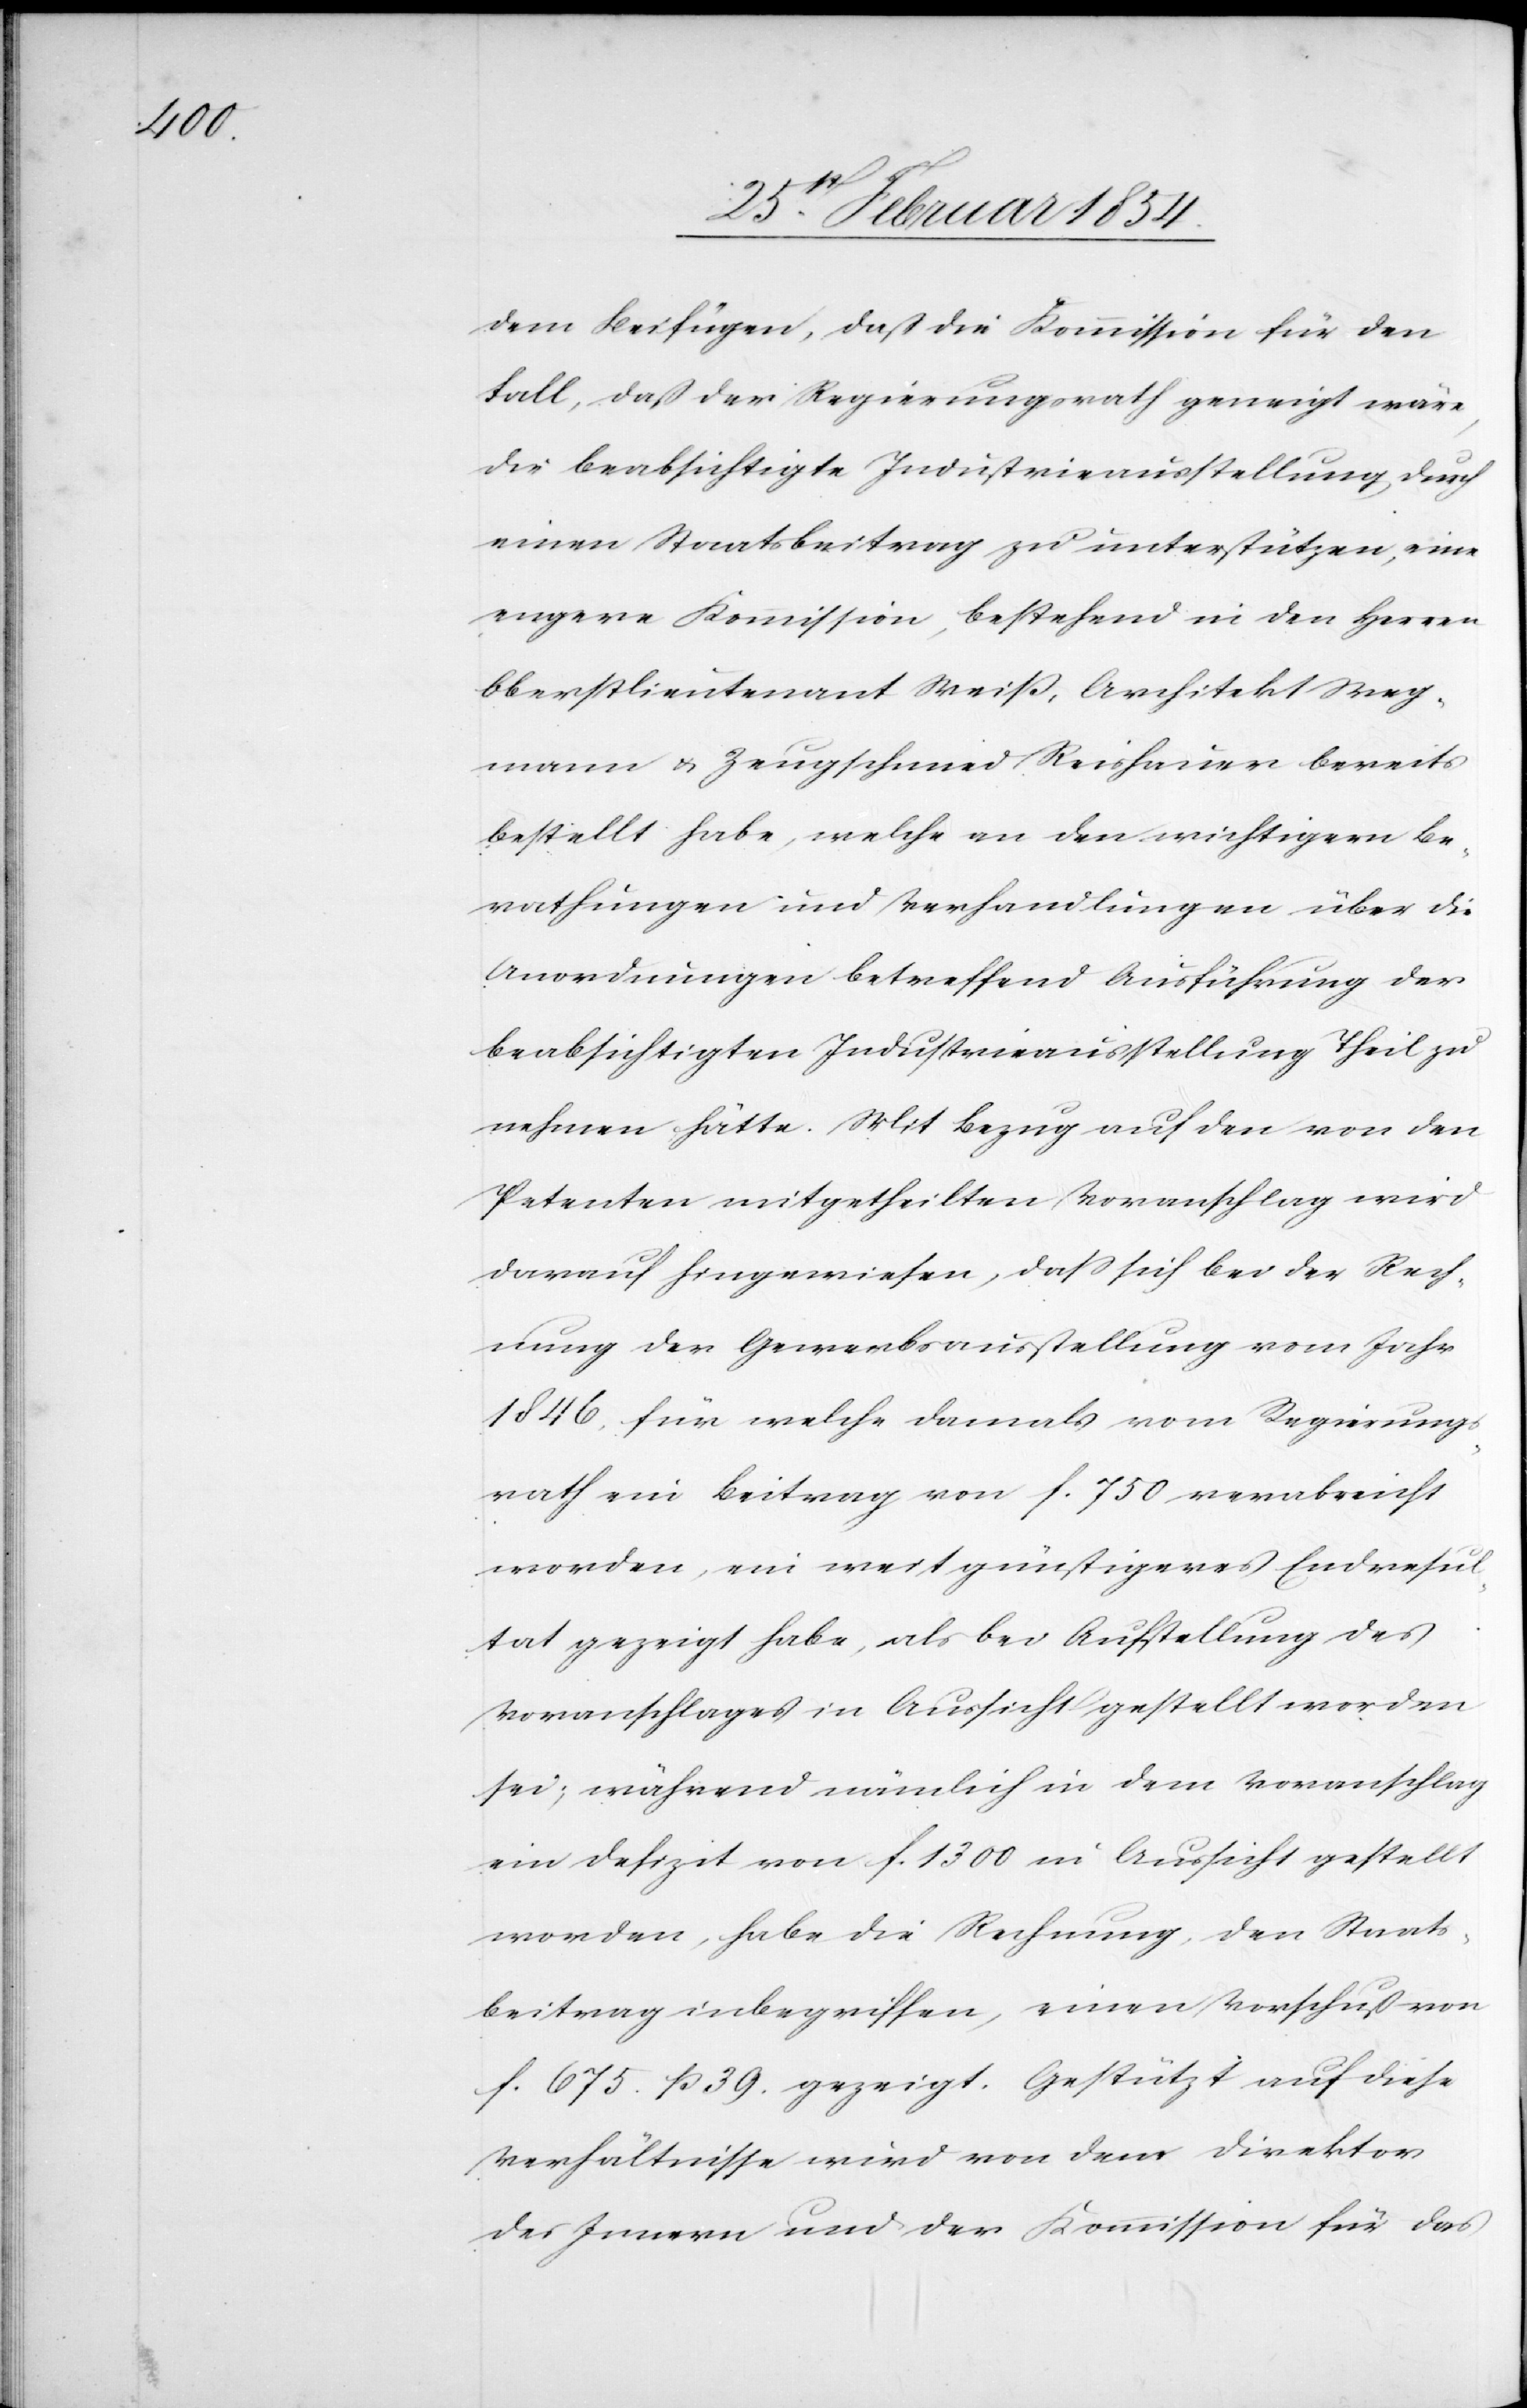
dem Beifügen, daß die Kommission für den
Fall, daß der Regierungsrath geneigt wäre,
die beabsichtigte Industrieausstellung durch
einen Staatsbeitrag zu unterstützen, eine
enger Kommission, bestehend in den Herren
Oberstlieutenant Weiß, Architekt Weg¬
mann u. Zeugschmied Reishauer bereits
bestellt habe, welche an den wichtigern Be¬
rathungen und Verhandlungen über die
Anordnungen betreffend Ausführung der
beabsichtigen Industrieausstellung Theil zu
nehmen hätte. Mit Bezug auf den von den
Petenten mitgetheilten Voranschlag wird
darauf hingewiesen, daß sich bei der Rech¬
nung der Gewerbsausstellung vom Jahr
1846, für welche damals vom Regierungs¬
rath ein Beitrag von F. 750 verabreicht
worden, ein weit günstigeres Endresul¬
tat gezeigt habe, als bei Ausstellung des
Voranschlages in Aussicht gestellt worden
sei; während nämlich in dem Voranschlag
ein Defizit von F. 1300 in Aussicht gestellt
worden, habe die Rechnung, den Staats¬
beitrag inbegriffen, einen Vorschuß von
F. 675. R 39. gezeigt. Gestützt auf diese
Verhältnisse wird von dem Direktor
des Innern und der Kommission für das